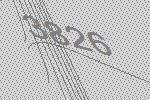
3826